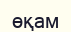
өқам